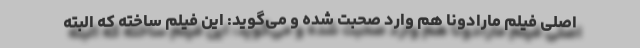
اصلی فیلم مارادونا هم وارد صحبت شده و می‌گوید: این فیلم ساخته که البته